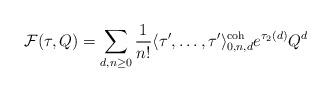
LaTeX: \begin{align*} \mathcal{F}(\tau,Q) = \sum_{d,n \geq 0} \frac{1}{n!} \langle \tau', \dots, \tau' \rangle^\textnormal{coh}_{0,n,d} e^{\tau_2(d)} Q^d \end{align*}